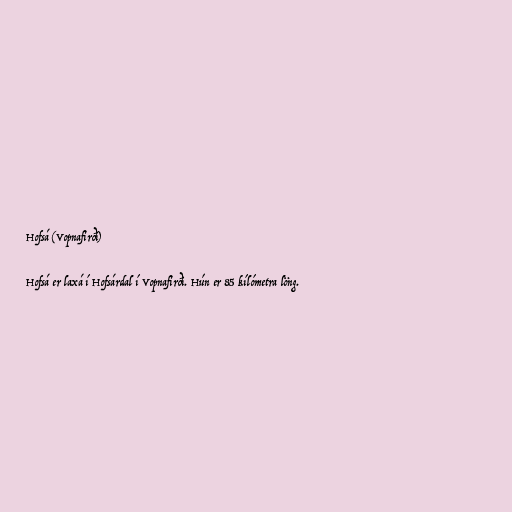
Hofsá (Vopnafirði)

Hofsá er laxá í Hofsárdal í Vopnafirði. Hún er 85 kílómetra löng.